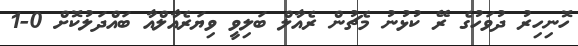
ހޮނިހިރު ދުވަހުގެ ރޭ ކުޅުނު މެޗުން ރެއާލް ބަލިވީ ވިޔަރެއާލްއާ ބައްދަލުކޮށް 0-1